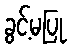
ခွင့်မပြု